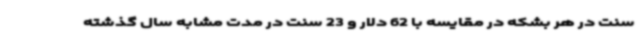
سنت در هر بشکه در مقایسه با 62 دلار و 23 سنت در مدت مشابه سال گذشته